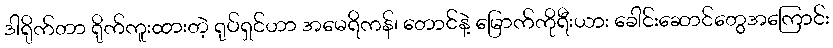
ဒါရိုက်တာ ရိုက်ကူးထားတဲ့ ရုပ်ရှင်ဟာ အမေရိကန်၊ တောင်နဲ့ မြောက်ကိုရီးယား ခေါင်းဆောင်တွေအကြောင်း